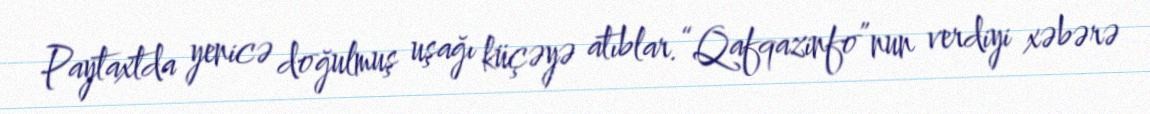
Paytaxtda yenicə doğulmuş uşağı küçəyə atıblar.“Qafqazinfo”nun verdiyi xəbərə